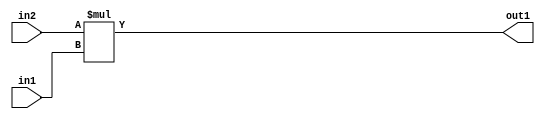
`timescale 1ps / 1ps
/*****************************************************************************
    Verilog RTL Description
    
    
    Created by: Stratus DpOpt 2019.1.01 
*******************************************************************************/

module st_feature_addr_gen_Mul_16Ux9U_16U_1 (
	in2,
	in1,
	out1
	); /* architecture "behavioural" */ 
input [15:0] in2;
input [8:0] in1;
output [15:0] out1;
wire [15:0] asc001;

assign asc001 = 
	+(in2 * in1);

assign out1 = asc001;
endmodule

/* CADENCE  ubLyTAg= : u9/ySgnWtBlWxVPRXgAZ4Og= ** DO NOT EDIT THIS LINE ******/